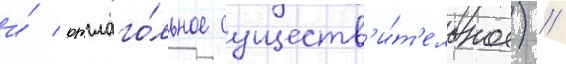
и́ отглаго́льное существ'и́т'ельное) //